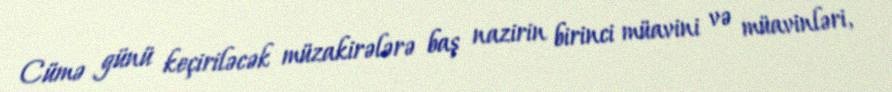
Cümə günü keçiriləcək müzakirələrə baş nazirin birinci müavini və müavinləri,